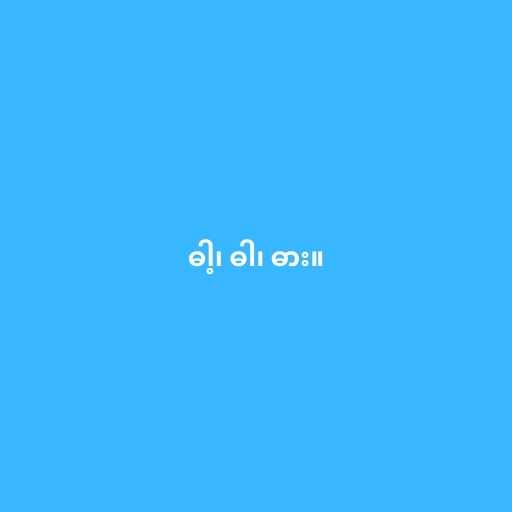
ဓါ့၊ ဓါ၊ ဓား။